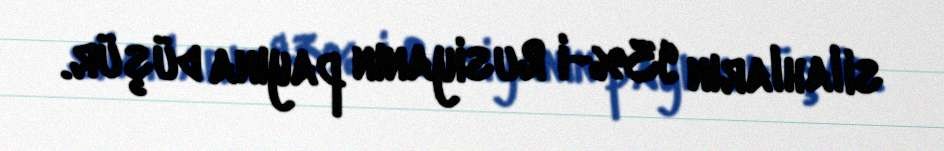
silahların 93%-i Rusiyanın payına düşür.